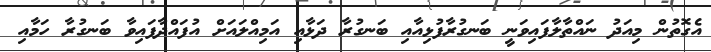
އެގޮތުން މިއަދު ނައްތާލާފައިވަނީ ބަނގުރާފުޅިއާއި ބަނގުރާ ދަޅާއި އަމިއްލައަށް އުފައްދާފައިވާ ބަނގުރާ ހަމާއި